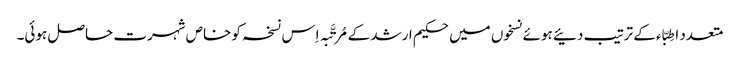
متعدد اطِبّاء کے ترتیب دئیے ہوئے نسخوں میں حکیم ارشد کے مُرتَّبہ اِس نسخہ کو خاص شہرت حاصل ہوئی۔